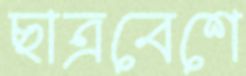
ছাত্রবেশে